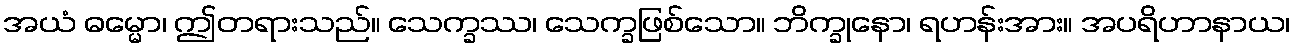
အယံ ဓမ္မော၊ ဤတရားသည်။ သေက္ခဿ၊ သေက္ခဖြစ်သော။ ဘိက္ခုနော၊ ရဟန်းအား။ အပရိဟာနာယ၊